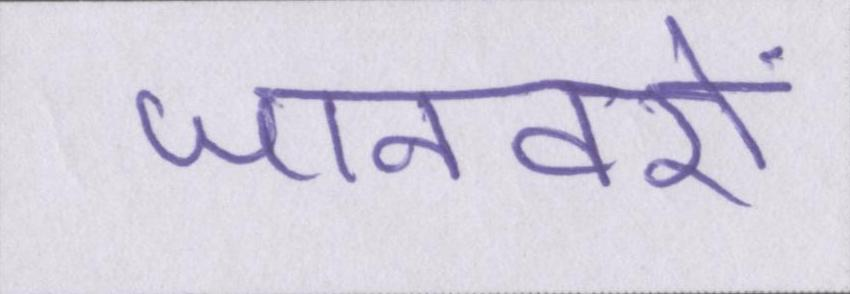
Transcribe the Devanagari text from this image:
जानवरों